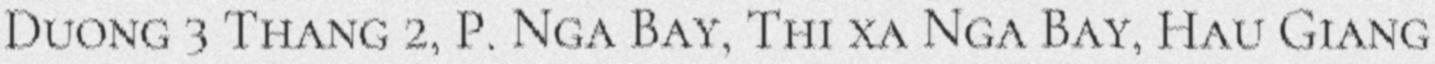
Duong 3 Thang 2, P. Nga Bay, Thi xa Nga Bay, Hau Giang